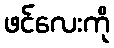
ဖင်လေးကို